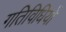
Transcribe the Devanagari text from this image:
गतिविधियों